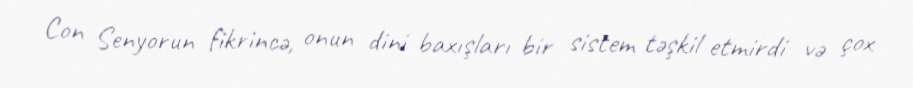
Con Senyorun fikrincə, onun dini baxışları bir sistem təşkil etmirdi və çox